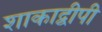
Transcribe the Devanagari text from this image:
शाकाद्वीपी